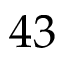
4 3